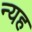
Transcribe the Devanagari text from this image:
न्यह